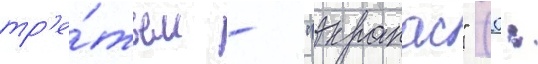
тр'е́тьем - "экранас" (0: